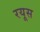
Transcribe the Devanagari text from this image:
रयूस